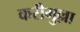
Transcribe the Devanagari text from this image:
करीमुल्ला